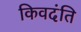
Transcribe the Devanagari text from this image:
किवदंति